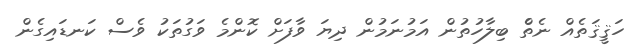
ހަޤީޤަތެއް ނެތެެް ބިލާހުތުން އަމުނަމުން ދިޔަ ވާފަށް ކޮންމެ ވަގުތަކު ވެސް ކަނޑައިގެން